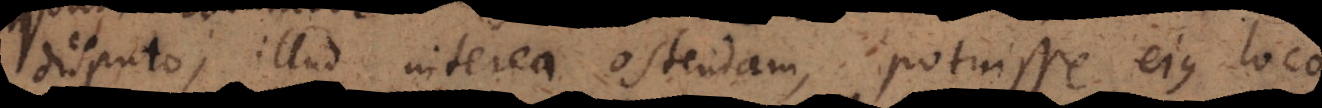
disputo; illud interea ostendam, potuisse ejus loco